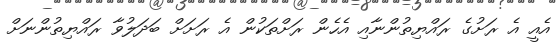
އެއީ އެ ރަށުގެ ރައްޔިތުންނާއި އެހެން ރަށްތަކުން އެ ރަށަށް ބަދަލުވާ ރައްޔިތުންނަށް